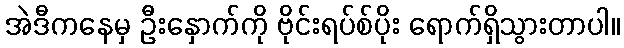
အဲဒီကနေမှ ဦးနှောက်ကို ဗိုင်းရပ်စ်ပိုး ရောက်ရှိသွားတာပါ။